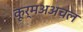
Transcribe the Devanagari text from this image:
कूर्मअअचल